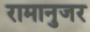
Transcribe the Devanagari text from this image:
रामानुजर